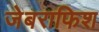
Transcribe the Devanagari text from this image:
जेबराफिश